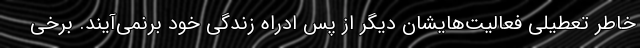
خاطر تعطیلی فعالیت‌هایشان دیگر از پس ادراه زندگی خود برنمی‌آیند. برخی